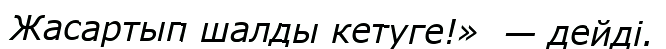
Жасартып шалды кетуге!»  — дейді.